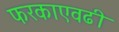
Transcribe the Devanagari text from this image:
फरकाएवढी